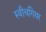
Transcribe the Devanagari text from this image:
स्वीचगियर